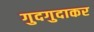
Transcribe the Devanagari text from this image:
गुदगुदाकर